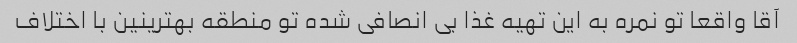
آقا واقعا تو نمره به این تهیه غذا بی انصافی شده تو منطقه بهترینین با اختلاف